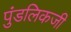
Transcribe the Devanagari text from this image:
पुंडलिकजी